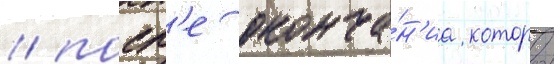
/ посл'е оконча́н'иа которои